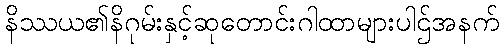
နိဿယ၏နိဂုမ်းနှင့်ဆုတောင်းဂါထာများပါဌ်အနက်